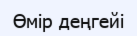
Өмір деңгейі